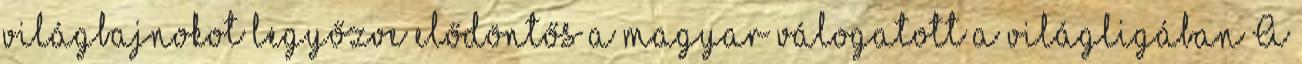
világbajnokot legyőzve elődöntős a magyar válogatott a világligában A